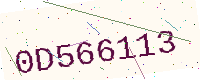
Text: 0D566113